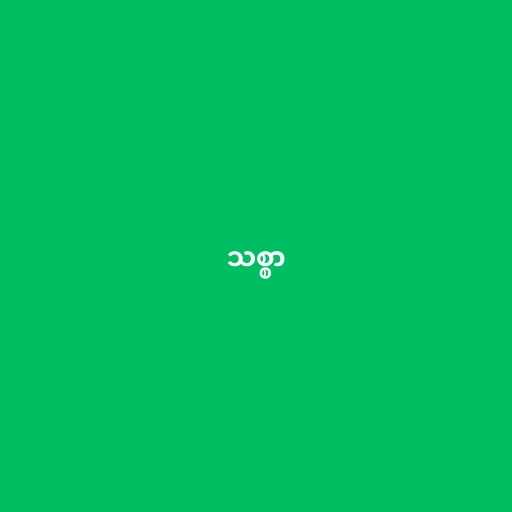
သစ္စာ